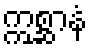
ဣစ္ဆာနံ